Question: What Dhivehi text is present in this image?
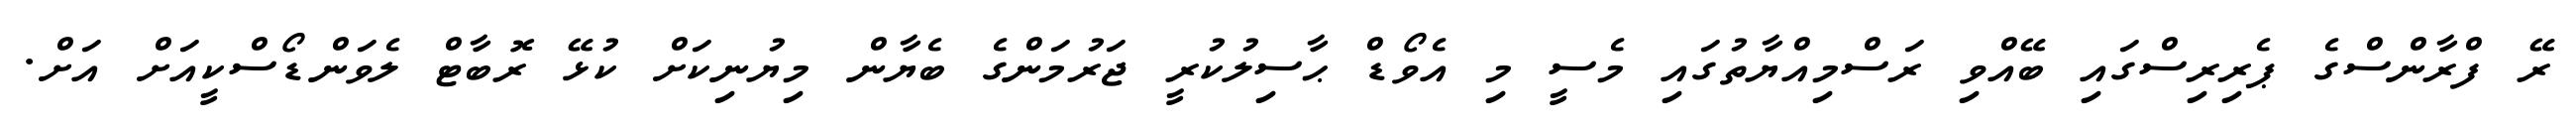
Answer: ރޭ ފްރާންސްގެ ޕެރިރިސްގައި ބޭއްވި ރަސްމިއްޔާތުގައި މެސީ މި އެވޯޑް ޙާސިލުކުރީ ޖަރުމަންގެ ބެޔާން މިޔުނިކަށް ކުޅޭ ރޮބާޓް ލެވަންޑޯސްކީއަށް އަށް.